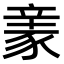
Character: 𧱏